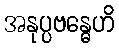
အနုပ္ပဗန္ဓေဟိ